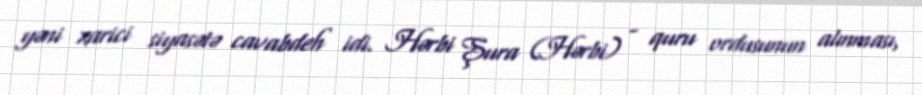
yəni xarici siyasətə cavabdeh idi. Hərbi Şura (Hərbi) - quru ordusunun alınması,